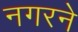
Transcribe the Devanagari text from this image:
नगरने